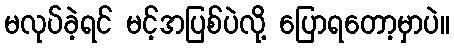
မလုပ်ခဲ့ရင် မင့်အပြစ်ပဲလို့ ပြောရတော့မှာပဲ။